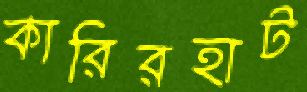
কারিরহাট